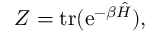
Z = \operatorname { t r } ( \mathrm { e } ^ { - \beta { \hat { H } } } ) ,